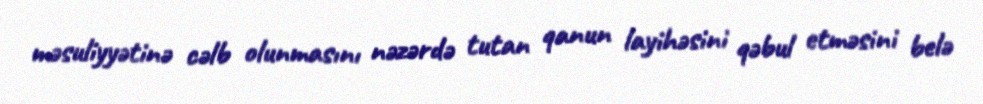
məsuliyyətinə cəlb olunmasını nəzərdə tutan qanun layihəsini qəbul etməsini belə